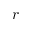
\boldsymbol { r }